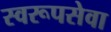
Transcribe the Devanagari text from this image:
स्वरूपसेवा